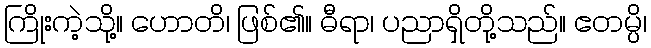
ကြိုးကဲ့သို့။ ဟောတိ၊ ဖြစ်၏။ ဓီရာ၊ ပညာရှိတို့သည်။ ဧတမ္ပိ၊